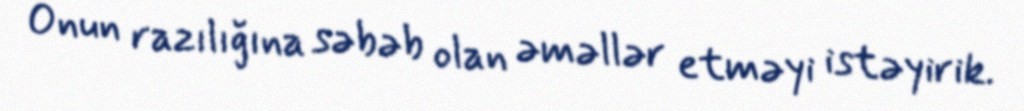
Onun razılığına səbəb olan əməllər etməyi istəyirik.